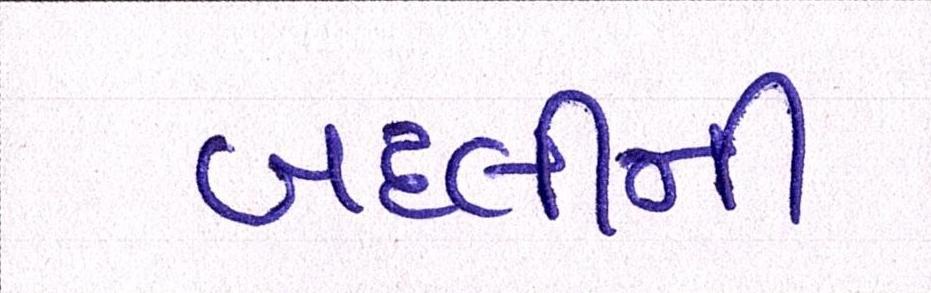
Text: બદલીની